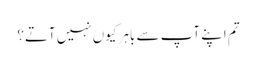
تم اپنے آپ سے باہر کیوں نہیں آتے؟